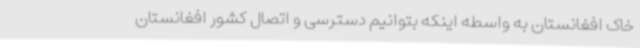
خاک افغانستان به واسطه اینکه بتوانیم دسترسی و اتصال کشور افغانستان